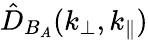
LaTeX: \hat{D}_{B_{A}}(k_{\perp},k_{\parallel})